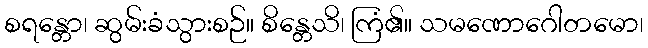
စရန္တော၊ ဆွမ်းခံသွားစဉ်။ စိန္တေသိ၊ ကြံ၏။ သမဏောဂေါတမော၊